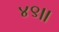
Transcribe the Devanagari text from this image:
४९।।